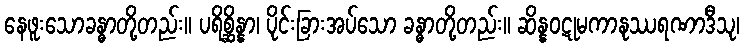
နေဖူးသောခန္ဓာတို့တည်း။ ပရိစ္ဆိန္နာ၊ ပိုင်းခြားအပ်သော ခန္ဓာတို့တည်း။ ဆိန္နဝဋုမကာနုဿရဏာဒီသု၊